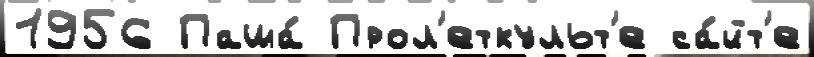
1956 Паша́ Прол'еткульт'е са́йт'е